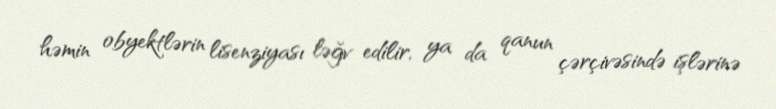
həmin obyektlərin lisenziyası ləğv edilir, ya da qanun çərçivəsində işlərinə